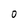
Character: O